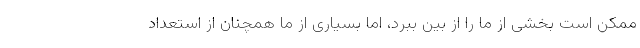
ممکن است بخشی از ما را از بین ببرد، اما بسیاری از ما همچنان از استعداد